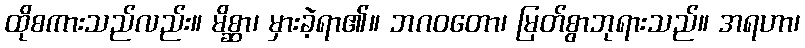
ထိုစကားသည်လည်း။ မိစ္ဆာ၊ မှားခဲ့ရာ၏။ ဘဂဝတော၊ မြတ်စွာဘုရားသည်။ အရဟာ၊